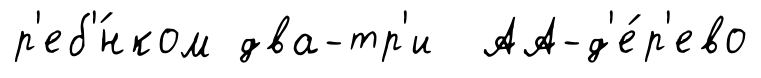
р'еб'́нком два-тр'и АА-д'е́р'ево